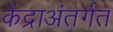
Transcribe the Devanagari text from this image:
केंद्राअंतर्गत